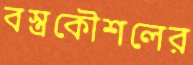
বস্ত্রকৌশলের